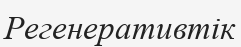
Регенеративтік